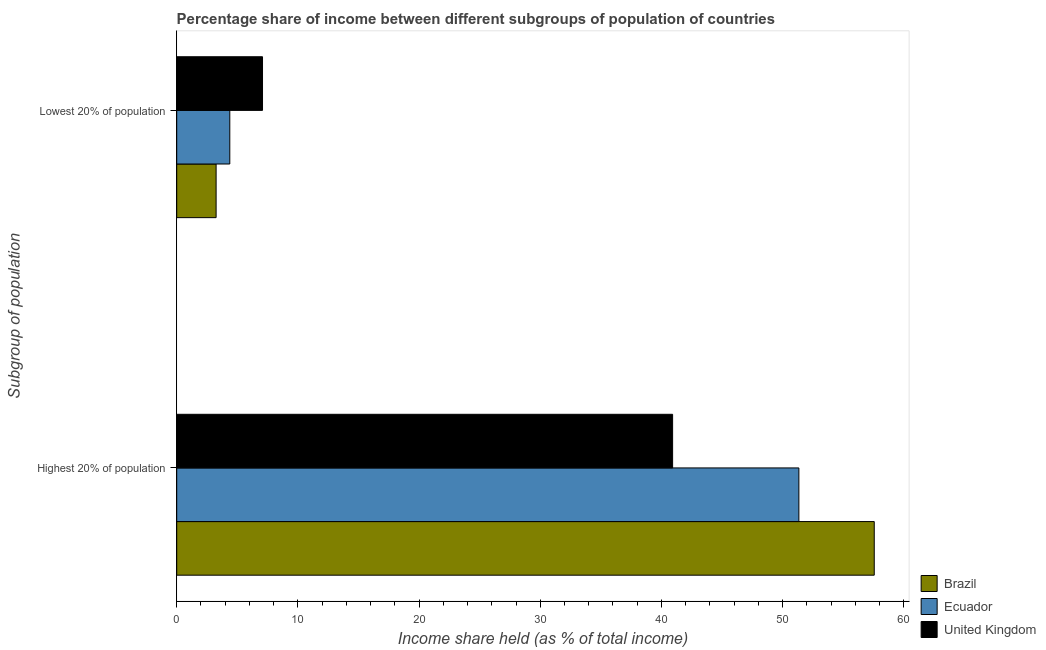
| Subgroup of population | Brazil | Ecuador | United Kingdom |
 | --- | --- | --- | --- |
 | Highest 20% of population | 57.6 | 51.3 | 40.9 |
 | Lowest 20% of population | 3.25 | 4.38 | 7.08 |